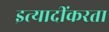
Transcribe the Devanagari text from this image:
इत्यादींकरता